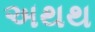
અથથ